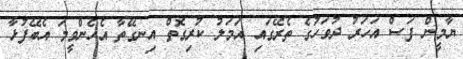
ޔާމީން ފަސް އަހަރު ދުވަހުގެ ތެރޭގައި އަމަލު ކުރިގޮތް އިނގޭތާ އެހެންވީމަ އެބޭފުޅާ